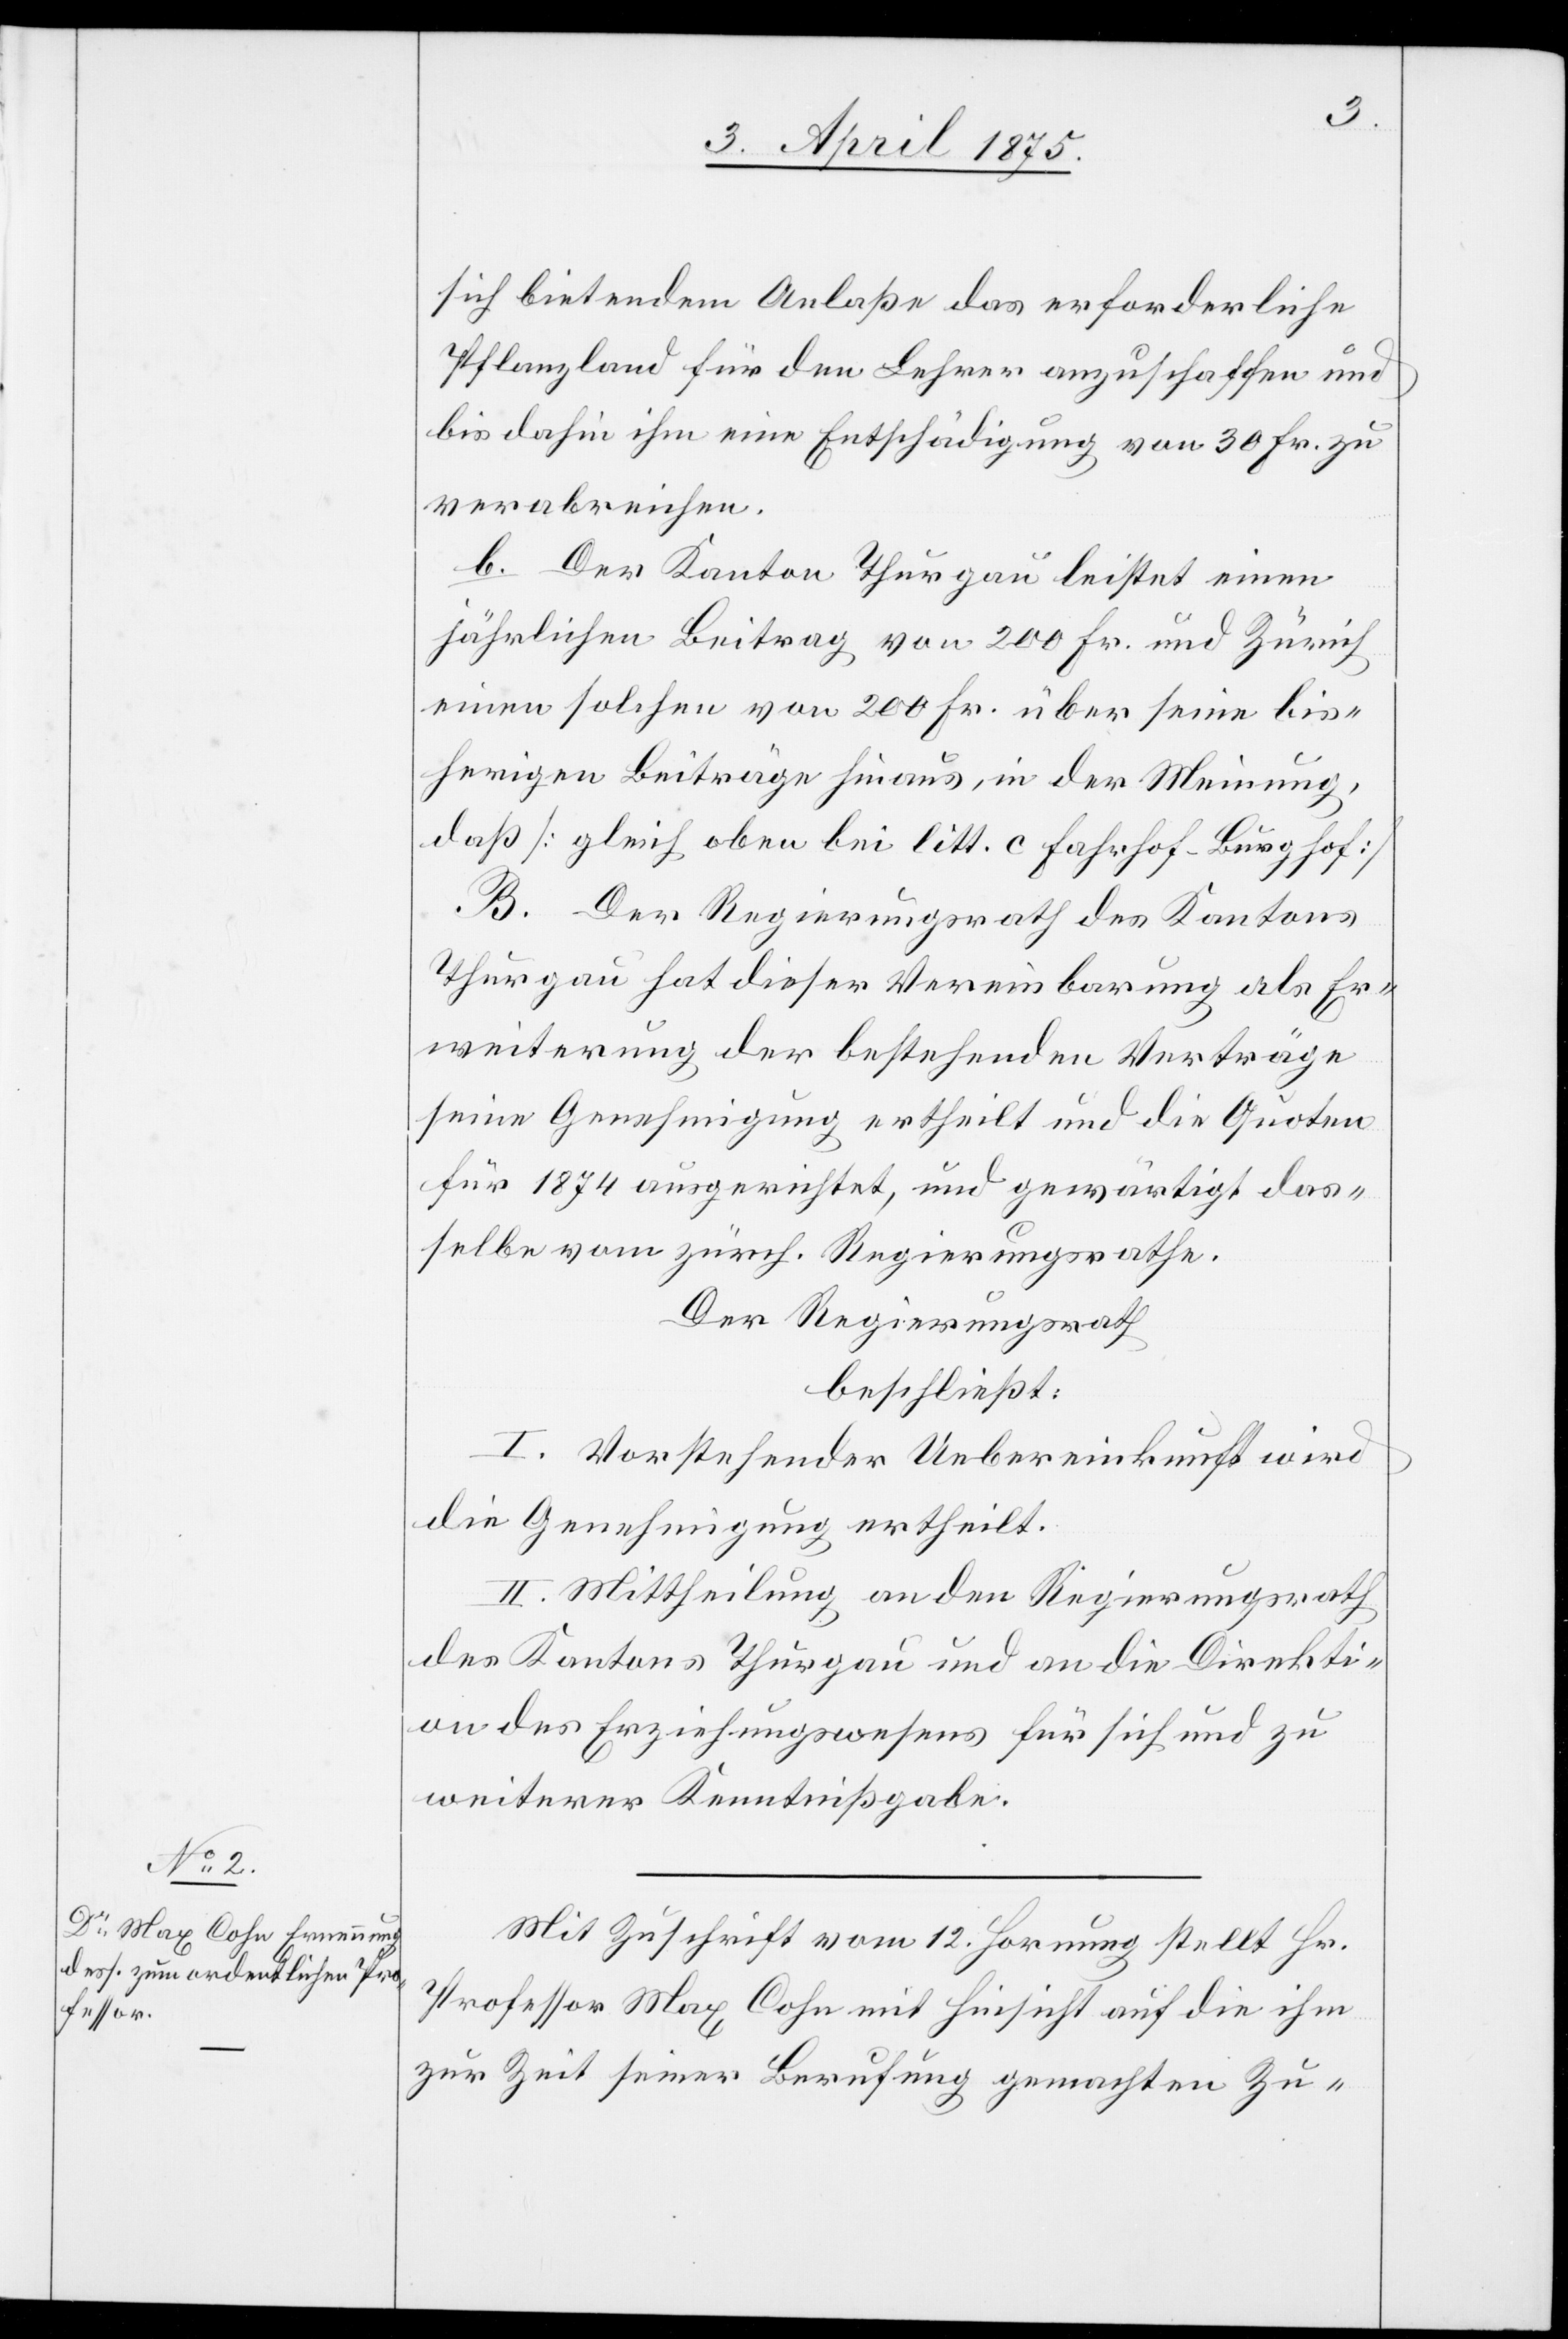
sich bietendem Anlaße das erforderliche
Pflanzland für den Lehrer anzuschaffen und
bis dahin ihm eine Entschädigung von 30 Fr. zu
b. Der Kanton Thurgau leistet einen
jährlichen Beitrag von 200 Fr. und Zürich
einen solchen von 200 Fr. über seine bis¬
herigen Beiträge hinaus, in der Meinung,
daß [gleich oben bei litt. c Fahrhof-Burghof]
B. Der Regierungsrath der Kantons
Thurgau hat dieser Vereinbarung als Er¬
weiterung der bestehenden Verträge
seine Genehmigung ertheilt und die Quoten
für 1874 ausgerichtet, und gewärtigt das¬
selbe vom zürch. Regierungsrathe.
Der Regierungsrath
beschließt:
I. Vorstehender Uebereinkunft wird
die Genehmigung ertheilt.
II. Mittheilung an den Regierungsrath
des Kantons Thurgau und an die Direkti¬
on des Erziehungswesens für sich und zu
weiterer Kenntnißgabe.
Mit Zuschrift vom 12. Hornung stellt Hr.
Professor Max Cohn mit Hinsicht auf die ihm
zur Zeit seiner Berufung gemachten Zu-